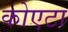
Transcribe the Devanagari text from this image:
कोएटा